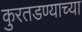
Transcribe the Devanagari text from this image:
कुरतडण्याच्या